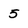
Character: 5